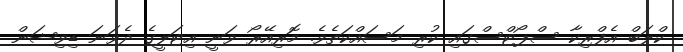
ކްލަބް އެފްރިކާ ސްޕޯޓްސްގައި ކުރި މަސައްކަތެވެ. މޮރިއޭރޯ ވަނީ އިޓަލީގެ ދެވަނަ ޑިވިޝަން